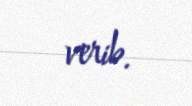
verib.